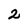
Character: 2